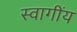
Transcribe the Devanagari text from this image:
स्वागींय